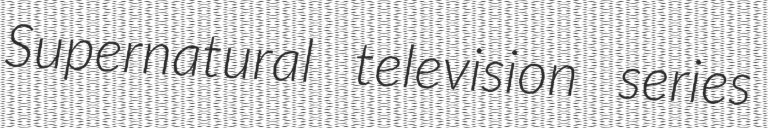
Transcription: Supernatural television series